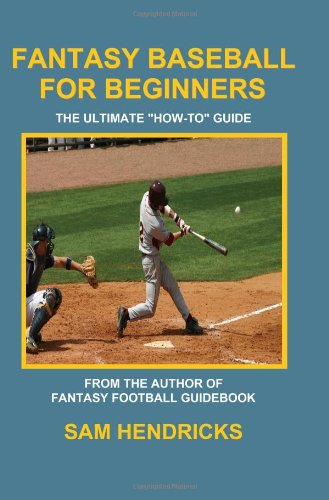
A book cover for Fantasy Baseball for Beginners: The Ultimate How-To Guide; Sam Hendricks; Humor & Entertainment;